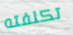
تكلفته